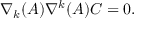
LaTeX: \nabla _ { k } ( A ) \nabla ^ { k } ( A ) C = 0 .